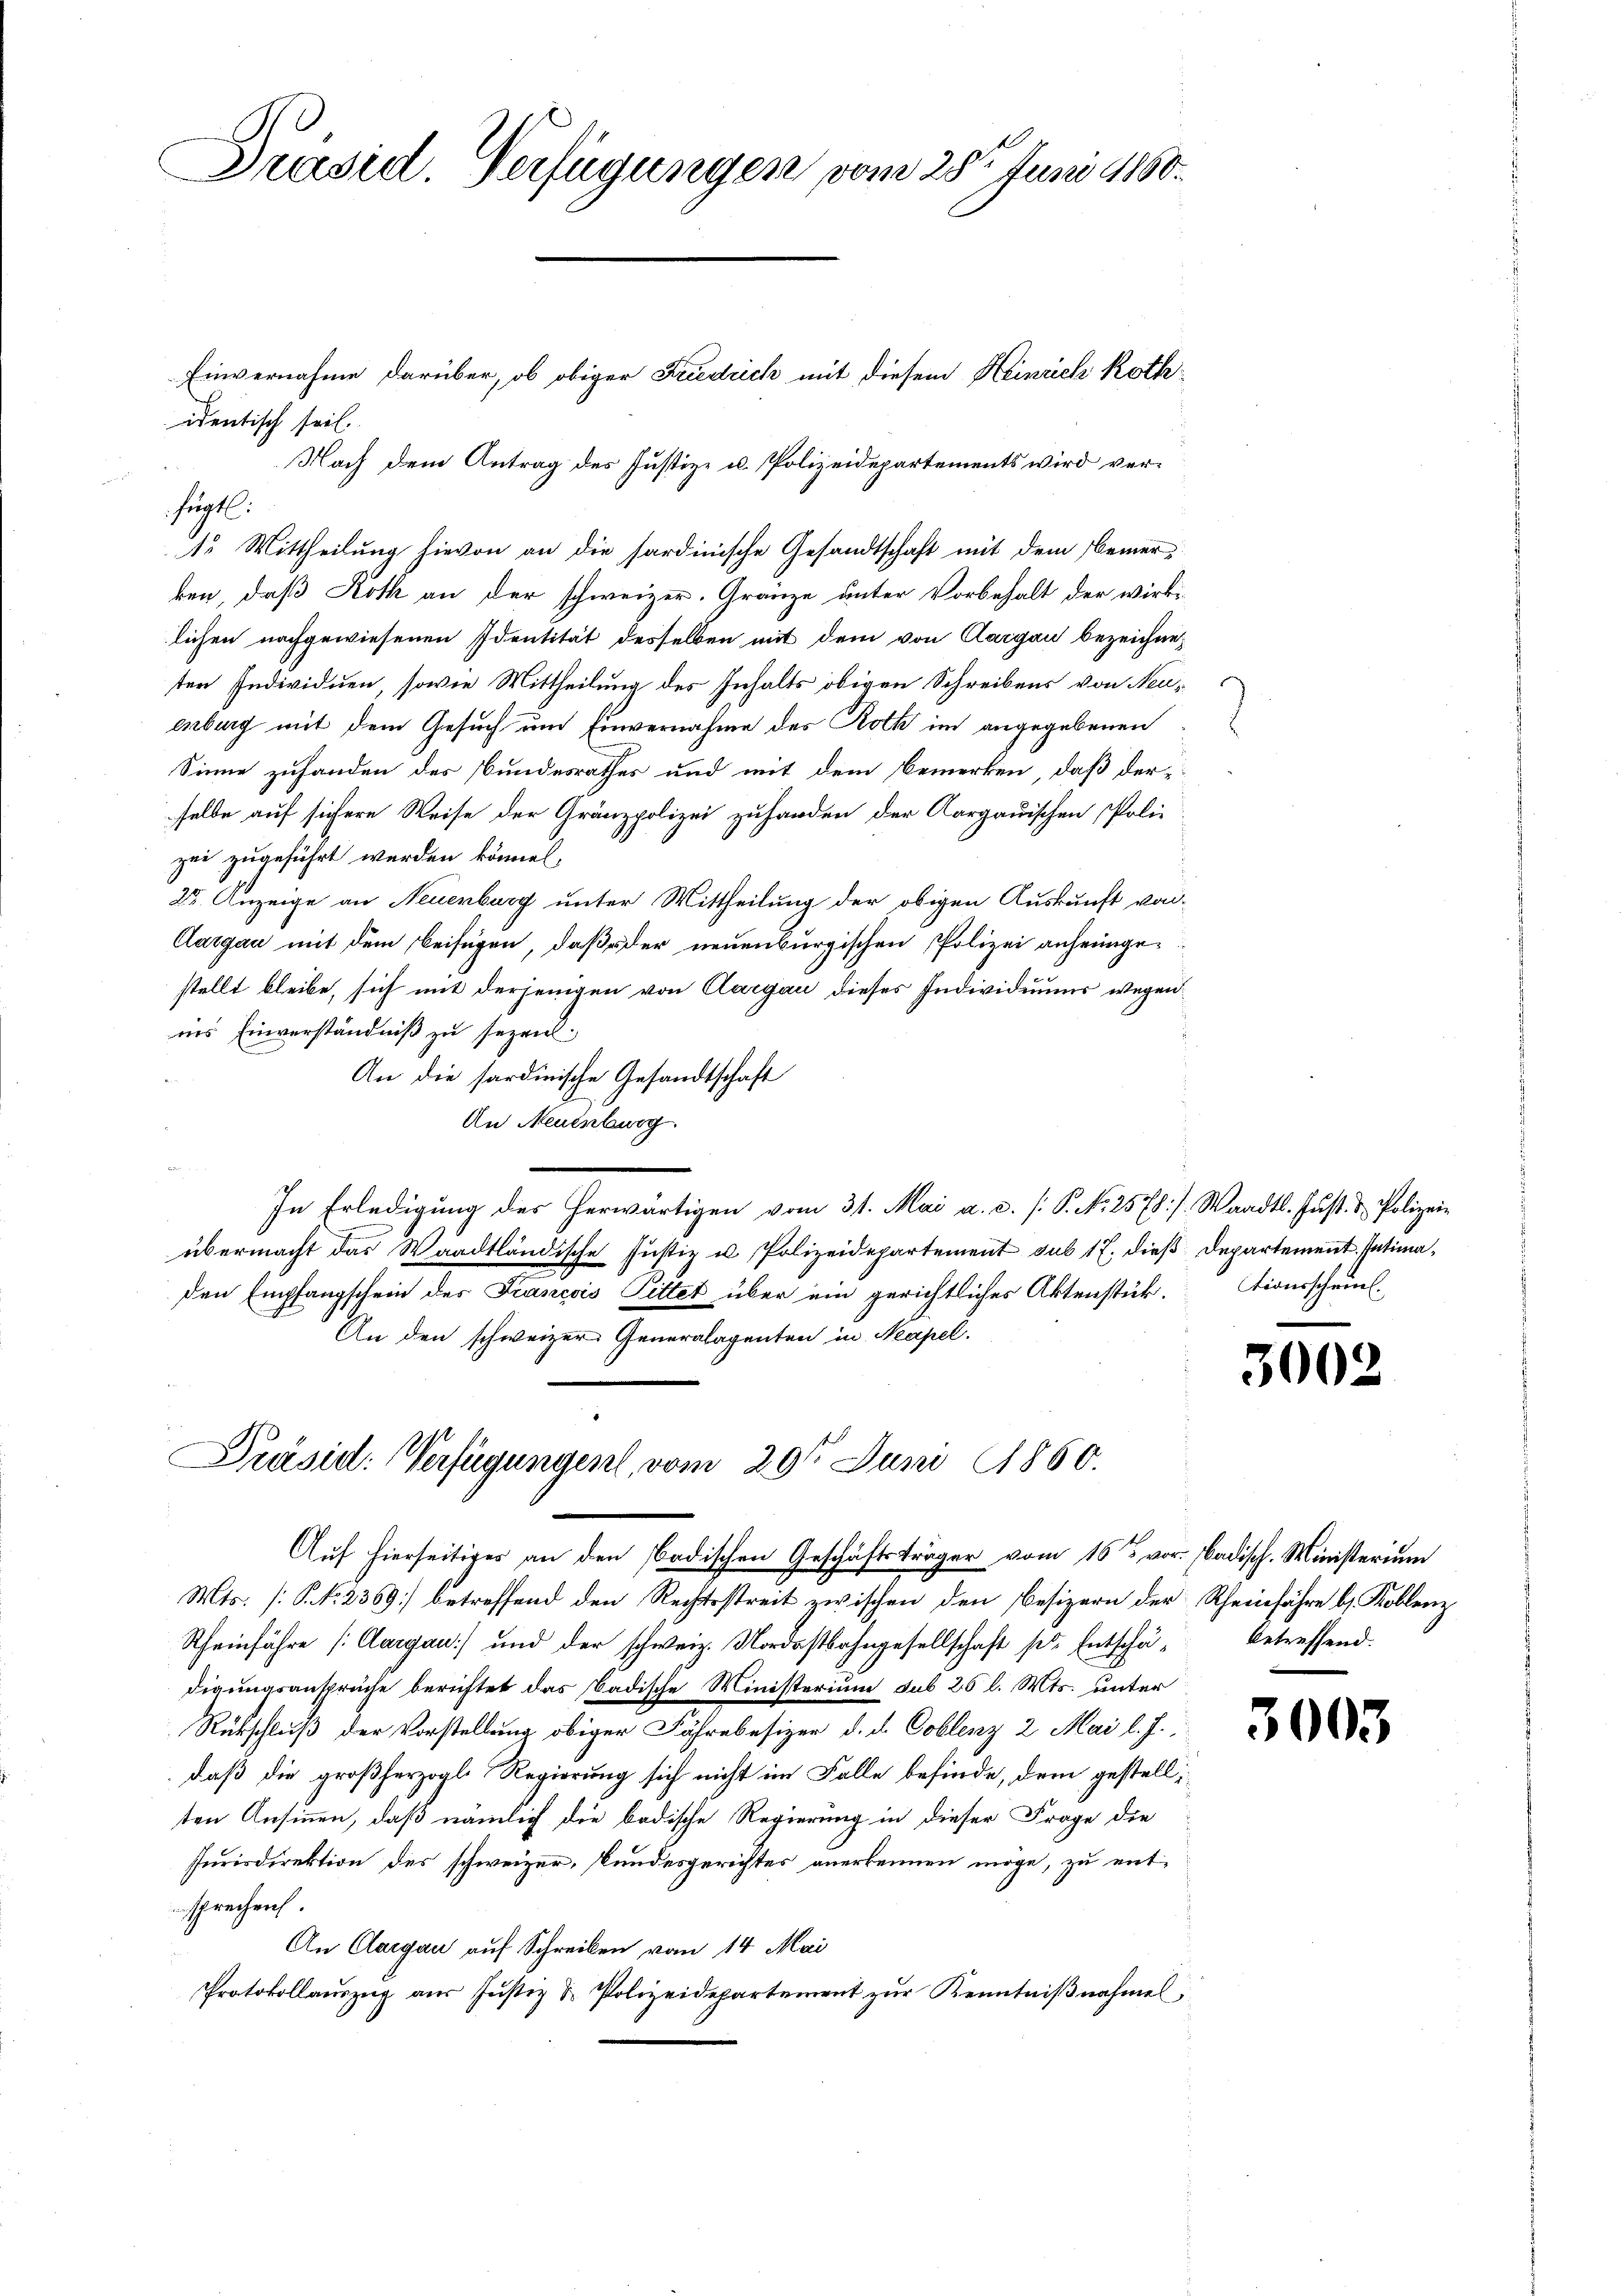
Präsid. Verfügungen vom 28ten Juni 1860.

identisch sei.
Nach dem Antrag des Justiz- u. Polizeidepartements wird vert. Mittheilung hievon an die sardinische Gesandtschaft mit dem Bemerken, daß Roth an der schweizer. Gränze unter Vorbehalt der wirke
lichen nachgewiesenen Identität desselben mit dem von Aargau bezeichneten Individuen, sowie Mittheilung des Inhalts obigen Schreibens von Neuenburg mit dem Gesuch um Einvernahme des Roth im angegebenen
Sinne zufanden des Bundesrathes und mit dem Bemerken, daß der
selbe auf sichere Weise der Gränzpolizei zuhanden der Aargauischen Poli-
zei zugeführt werden können,
25. Anzeige an Neuenburg unter Mittheilung der obigen Auskunft vor¬
Aargau mit dem beifügen, daß der neuenburgischen Polizei anheimge
stellt bleibe, sich mit derjenigen von Aargau dieses Individuums wegen
ins Einverständniß zu sezen.
An die sardinische Gesandtschaft
An Neuenburg.
e
In Erledigung des herwärtigen vom 31. Mai a. c. /: P. No 2578). Waadt. Just- & Polizei-
übermacht das Waadtländische Justiz u. Polizeidepartement sub 17. dieß Departement. Intimaden Empfangschein des Francois Pittet über ein gerichtliches Aktenstück. Dionsscheins.
An den schweizer Generalagenten in Neapel.

fügt:

Einvernahme darüber, ob obiger Friedrich mit diesem Heinrich Roth¬

Präsid. Verfügungen, vom 29ten Juni 1860.

Auf hierseitiges an den badischen Geschäftsträger vom 16ten vor. Badisch. Ministerium
Mts. [No 2369] betreffend den Rechtsstreit zwischen den Besizern der Rheinfahre b. Koblenz
Rheinfahre (Aargau) und der schweiz. Nordostbahngesellschaft pr Entschä- betreffend.
digungsansprüche berichtet das badische Ministerium sub 26 l. Mts. unter
Rückschluß der Vorstellung obiger Fährebesizer d. d. Coblenz 2 Mai l. J.,
daß die großherzogl. Regierung sich nicht im Falle befinde, dem gestellten Ansinnen, daß nämlich die badische Regierung in dieser Frage die
Jurisdirektion des schweizer, stundesgerichtes anerkennen möge, zu entsprechen.
An Clargau auf Schreiben vom 14. Mai
Protokollauszug aus Justiz & Polizeidepartement zur Kenntnißnahmel,

300.

300